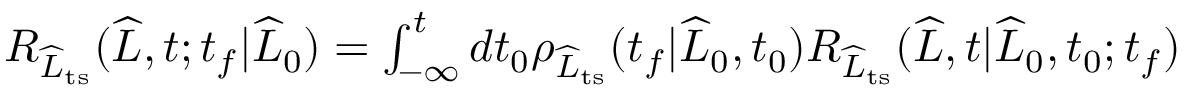
\begin{array} { r } { R _ { \widehat { L } _ { \mathrm { t s } } } ( \widehat { L } , t ; t _ { f } | \widehat { L } _ { 0 } ) = \int _ { - \infty } ^ { t } d t _ { 0 } \rho _ { \widehat { L } _ { \mathrm { t s } } } ( t _ { f } | \widehat { L } _ { 0 } , t _ { 0 } ) R _ { \widehat { L } _ { \mathrm { t s } } } ( \widehat { L } , t | \widehat { L } _ { 0 } , t _ { 0 } ; t _ { f } ) } \end{array}